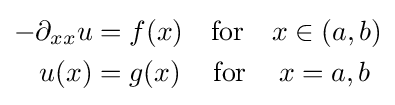
{\begin{aligned}-\partial _{xx}u&=f(x)\quad {\text{for}}\quad x\in (a,b)\\u(x)&=g(x)\,\quad {\text{for}}\,\quad x=a,b\end{aligned}}